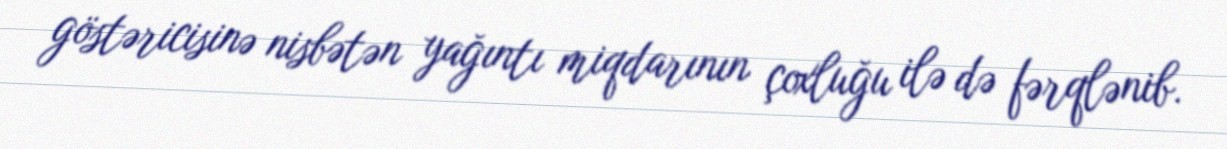
göstəricisinə nisbətən yağıntı miqdarının çoxluğu ilə də fərqlənib.